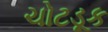
ચોટડૂક